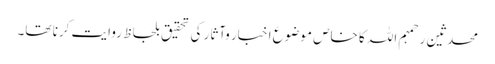
محدثین رحمہم اللہ کا خاص موضوع اخبار وآثار کی تحقیق بلحاظ روایت کرنا تھا۔